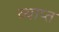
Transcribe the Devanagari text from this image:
व्याप्‍त